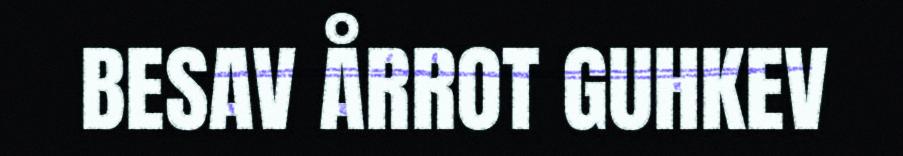
BESAV ÅRROT GUHKEV